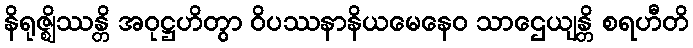
နိရုဇ္ဈိဿန္တိ အဝုဋ္ဌဟိတွာ ဝိပဿနာနိယမေနေဝ သာဌေယျန္တိ စရဟီတိ